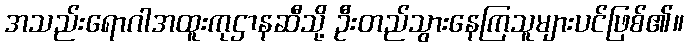
အသည်းရောဂါအထူးကုဌာနဆီသို့ ဦးတည်သွားနေကြသူများပင်ဖြစ်၏။